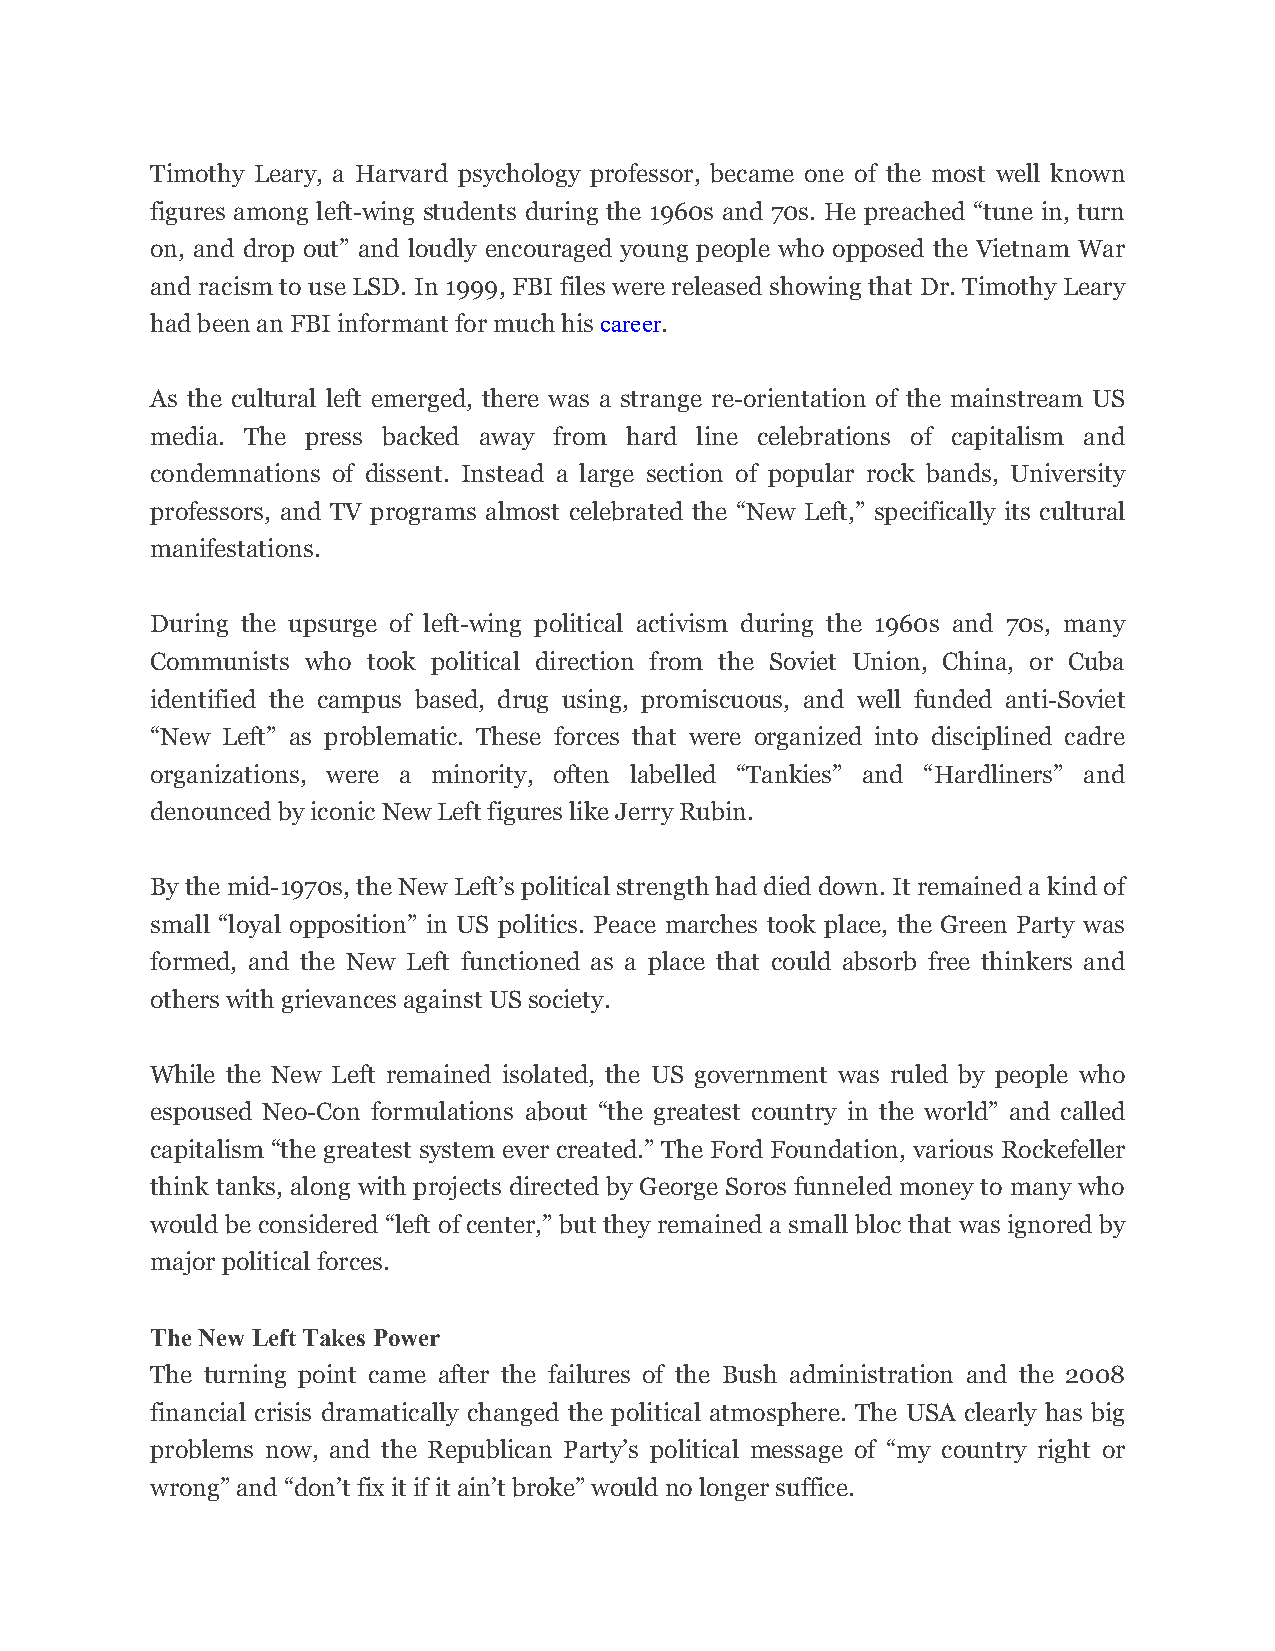
Timothy Leary, a Harvard psychology professor, became one of the most well known
 figures among left-wing students during the 1960s and 70s. He preached “tune in, turn
 on, and drop out” and loudly encouraged young people who opposed the Vietnam War
 and racism to use LSD. In 1999, FBI files were released showing that Dr. Timothy Leary
 had been an FBI informant for much his career.
 As the cultural left emerged, there was a strange re-orientation of the mainstream US
 media. The press backed away from hard line celebrations of capitalism and
 condemnations of dissent. Instead a large section of popular rock bands, University
 professors, and TV programs almost celebrated the “New Left,” specifically its cultural
 manifestations.
 During the upsurge of left-wing political activism during the 1960s and 70s, many
 Communists who took political direction from the Soviet Union, China, or Cuba
 identified the campus based, drug using, promiscuous, and well funded anti-Soviet
 “New Left” as problematic. These forces that were organized into disciplined cadre
 organizations, were a minority, often labelled “Tankies” and “Hardliners” and
 denounced by iconic New Left figures like Jerry Rubin.
 By the mid-1970s, the New Left’s political strength had died down. It remained a kind of
 small “loyal opposition” in US politics. Peace marches took place, the Green Party was
 formed, and the New Left functioned as a place that could absorb free thinkers and
 others with grievances against US society.
 While the New Left remained isolated, the US government was ruled by people who
 espoused Neo-Con formulations about “the greatest country in the world” and called
 capitalism “the greatest system ever created.” The Ford Foundation, various Rockefeller
 think tanks, along with projects directed by George Soros funneled money to many who
 would be considered “left of center,” but they remained a small bloc that was ignored by
 major political forces.
 The New Left Takes Power
 The turning point came after the failures of the Bush administration and the 2008
 financial crisis dramatically changed the political atmosphere. The USA clearly has big
 problems now, and the Republican Party’s political message of “my country right or
 wrong” and “don’t fix it if it ain’t broke” would no longer suffice.